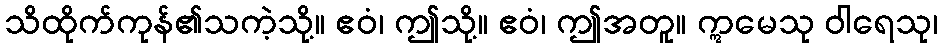
သိထိုက်ကုန်၏သကဲ့သို့။ ဧဝံ၊ ဤသို့။ ဧဝံ၊ ဤအတူ။ ဣမေသု ဝါရေသု၊